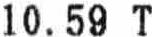
10.59 T